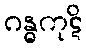
ဂန္ဓကုဋိ